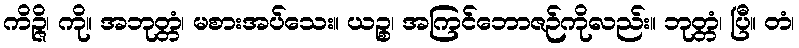
ကိဉ္ဇိ၊ ကို။ အဘုတ္တံ၊ မစားအပ်သေး။ ယဉ္စ၊ အကြင်ဘောဇဉ်ကိုလည်း။ ဘုတ္တံ၊ ပြီ။ တံ၊